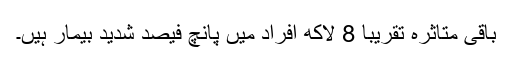
باقی متاثرہ تقریباً 8 لاکھ افراد میں پانچ فیصد شدید بیمار ہیں۔